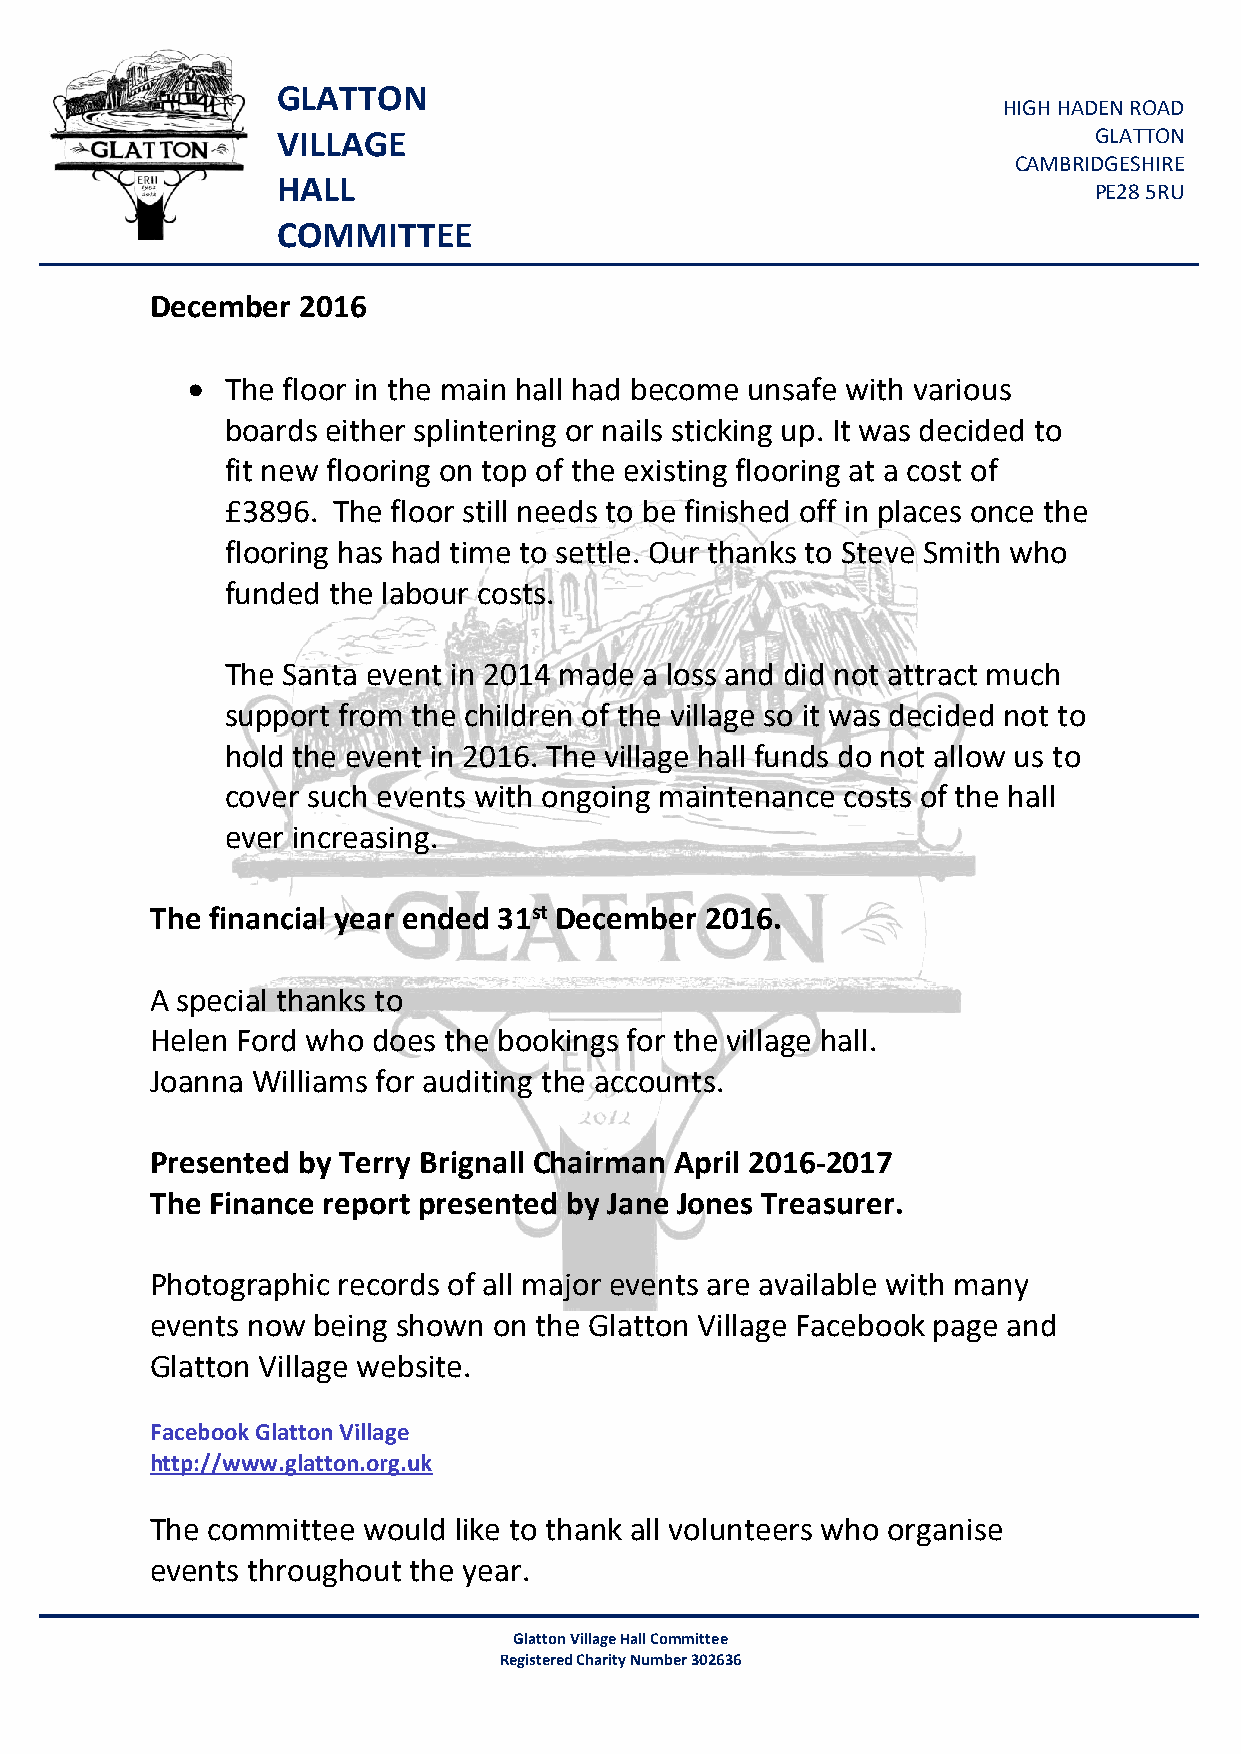
GLATTON
 HIGH HADEN ROAD
 VILLAGE                                               GLATTON
 CAMBRIDGESHIRE
 HALL
 PE28 5RU
 COMMITTEE
 December  2016
 •  The floor in the main hall had become unsafe with various
 boards either splintering or nails sticking up. It was decided to
 fit new flooring on top of the existing flooring at a cost of
 £3896. The floor still needs to be finished off in places once the
 flooring has had time to settle. Our thanks to Steve Smith who
 funded the labour costs.
 The Santa event in 2014 made a loss and did not attract much
 support from the children of the village so it was decided not to
 hold the event in 2016. The village hall funds do not allow us to
 cover such events with ongoing maintenance costs of the hall
 ever increasing.
 The financial year ended 31st December 2016.
 A special thanks to
 Helen Ford who does the bookings for the village hall.
 Joanna Williams for auditing the accounts.
 Presented by Terry Brignall Chairman April 2016-2017
 The Finance report presented by Jane Jones Treasurer.
 Photographic records of all major events are available with many
 events now being shown on the Glatton Village Facebook page and
 Glatton Village website.
 Facebook Glatton Village
 http://www.glatton.org.uk
 The committee would like to thank all volunteers who organise
 events throughout the year.
 Glatton Village Hall Committee
 Registered Charity Number 302636